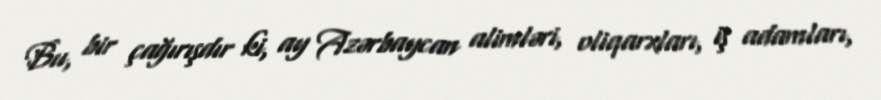
Bu, bir çağırışdır ki, ay Azərbaycan alimləri, oliqarxları, iş adamları,